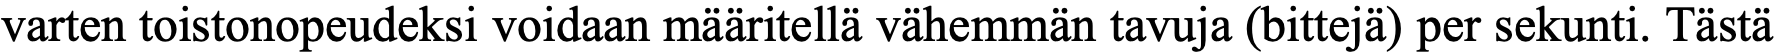
varten toistonopeudeksi voidaan määritellä vähemmän tavuja (bittejä) per sekunti. Tästä